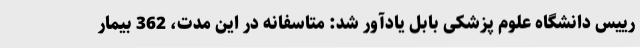
رییس دانشگاه علوم پزشکی بابل یادآور شد: متاسفانه در این مدت، 362 بیمار